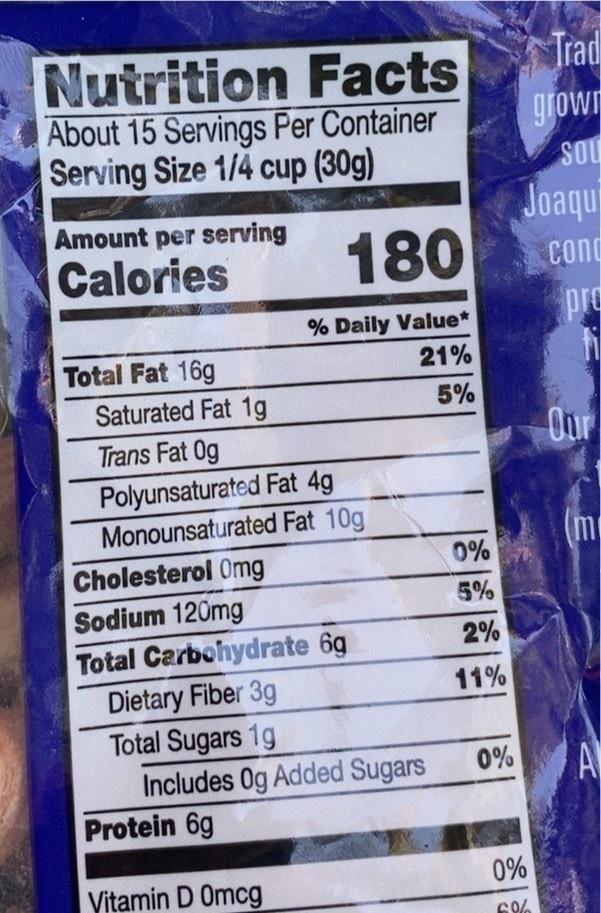
Nutrition Facts About 15 Servings Per Container Serving Size 1/4 cup (30g)
Trad
grown SOU
Joaqu 180
Amount per serving
Calories
cond
pro
% Daily Value*
Total Fat 16g
21%
Saturated Fat 1g
5%
Trans Fat Og
Our
Polyunsaturated Fat 4g Monounsaturated Fat 10g
(m
0%
Cholesterol Omg Sodium 120mg
5%
Total Carbohydrate 6g
2%
Dietary Fiber 3g Total Sugars 1g Includes Og Added Sugars Protein 6g
11%
A
0%
Vitamin D Omcg
0%